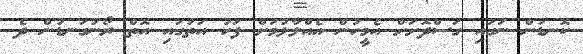
ކޮނޑުން ނަގައި ގަސްދޮށަށް އެމީހުން އެއްލާލުމަށް ފަހު އަތުގައި އޮތް ރޯނުގަނޑުން ދެ